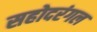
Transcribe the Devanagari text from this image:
सहोदरंगल